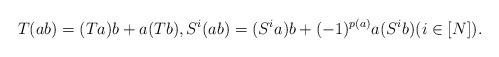
LaTeX: \begin{align*} T(ab)=(Ta)b+a(Tb), S^i(ab)=(S^ia)b+(-1)^{p(a)}a(S^ib) (i\in[N]). \end{align*}